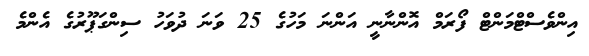
އިންވެސްޓްމަންޓް ފޯރަމް އޮންނާނީ އަންނަ މަހުގެ 25 ވަނަ ދުވަހު ސިންގަޕޫރުގެ އެންމެ